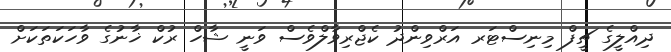
ދިއްލީގެ ޗީފް މިނިސްޓަރ އަރްވިންދު ކެޖްރިވާލްވެސް ވަނީ ޝާހް ރުކް ޚާނުގެ ވާހަކަތަކަށް